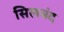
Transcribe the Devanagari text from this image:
सिलबंद